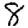
Digit: 8